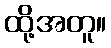
ထို့အတူ။